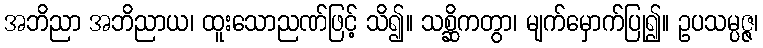
အဘိညာ အဘိညာယ၊ ထူးသောညဏ်ဖြင့် သိ၍။ သစ္ဆိကတွာ၊ မျက်မှောက်ပြု၍။ ဥပသမ္ပဇ္ဇ၊